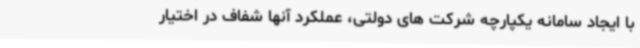
با ایجاد سامانه یکپارچه شرکت های دولتی، عملکرد آنها شفاف در اختیار